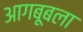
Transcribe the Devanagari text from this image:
आगबूबला